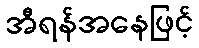
အီရန်အနေဖြင့်